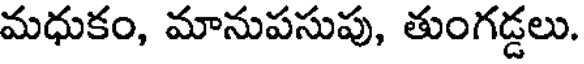
మధుకం, మానుపసుపు, తుంగడ్డలు.